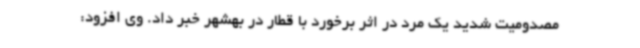
مصدومیت شدید یک مرد در اثر برخورد با قطار در بهشهر خبر داد. وی افزود: